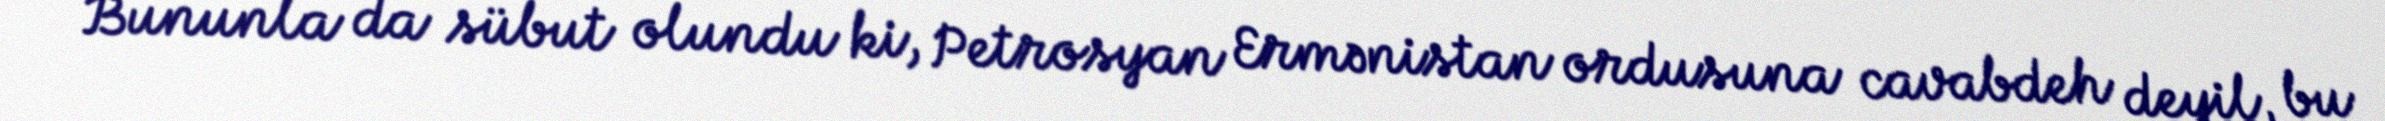
Bununla da sübut olundu ki, Petrosyan Ermənistan ordusuna cavabdeh deyil, bu